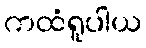
ကထံရူပါယ